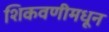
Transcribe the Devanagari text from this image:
शिकवणीमधून